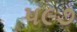
૫૯૭